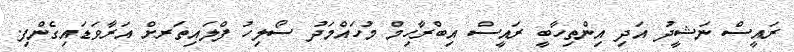
ރައީސް ނަޝީދު އަދި އިންތިހާބީ ރައީސް އިބްރާހިމް މުހައްމަދު ސޯލިހު ފްލައިތަރށް އަރާވަޑައިގެންފި.